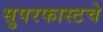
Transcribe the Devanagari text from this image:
सुपरफास्टचे